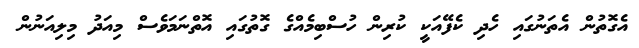
އެގޮތުން އެތަނުގައި ހެދި ކެފޭއަކީ ކުރިން ހުސްބިމެއްގެ ގޮތުގައި އޮތްނަމަވެސް މިއަދު މިލިއަނުން